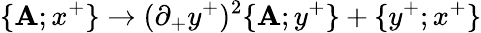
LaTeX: \{ \mathbf{A};x^{+}\} \rightarrow(\partial_{+}y^{+})^{2}\{ \mathbf{A};y^{+}\} +\{ y^{+};x^{+}\}